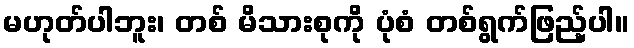
မဟုတ်ပါဘူး၊ တစ် မိသားစုကို ပုံစံ တစ်ရွက်ဖြည့်ပါ။